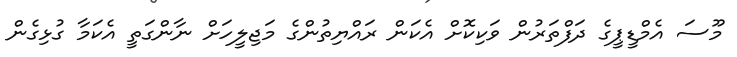
މޫސަ އެމްޑީޕީގެ ދަފްތަރުން ވަކިކޮށް އެކަން ރައްޔިތުންގެ މަޖިލީހަށް ނާންގަތީ އެކަމާ ގުޅިގެން